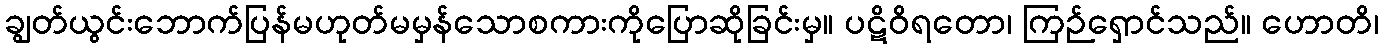
ချွတ်ယွင်းဘောက်ပြန်မဟုတ်မမှန်သောစကားကိုပြောဆိုခြင်းမှ။ ပဋိဝိရတော၊ ကြဉ်ရှောင်သည်။ ဟောတိ၊